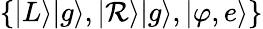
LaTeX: \{ |L\rangle|g\rangle,|\mathcal{R}\rangle|g\rangle,|\varphi,e\rangle\}